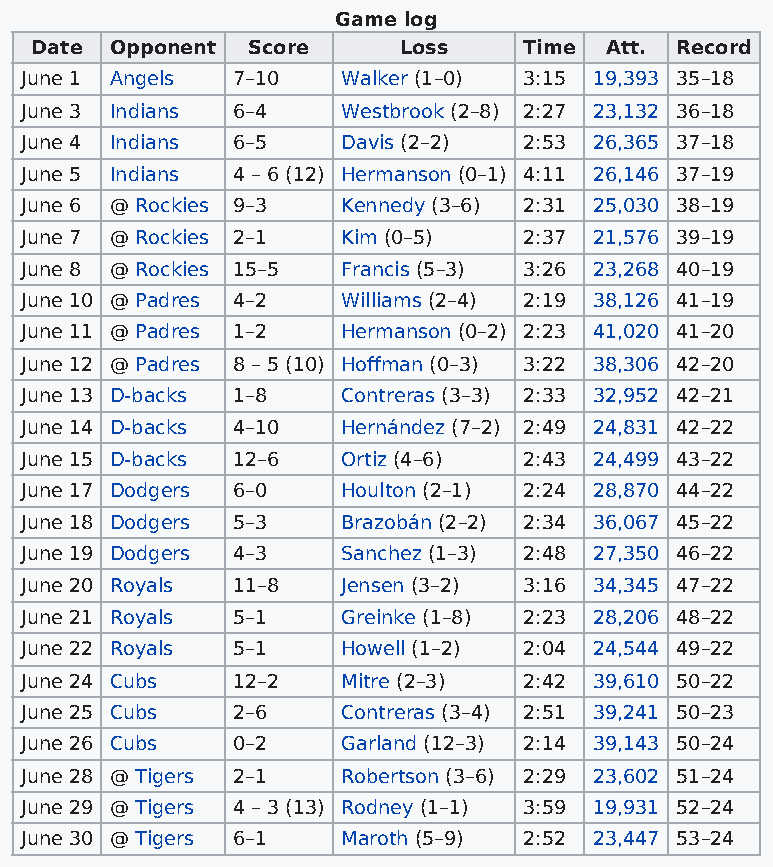
Game log
 Date Opponent Score     Loss     Time Att. Record
 June 1 Angels 7–10    Walker (1–0) 3:15 19,393 35–18
 June 3 Indians 6–4    Westbrook (2–8) 2:27 23,132 36–18
 June 4 Indians 6–5    Davis (2–2) 2:53 26,365 37–18
 June 5 Indians 4 – 6 (12) Hermanson (0–1) 4:11 26,146 37–19
 June 6 @ Rockies 9–3  Kennedy (3–6) 2:31 25,030 38–19
 June 7 @ Rockies 2–1  Kim (0–5)   2:37 21,576 39–19
 June 8 @ Rockies 15–5 Francis (5–3) 3:26 23,268 40–19
 June 10 @ Padres 4–2  Williams (2–4) 2:19 38,126 41–19
 June 11 @ Padres 1–2  Hermanson (0–2) 2:23 41,020 41–20
 June 12 @ Padres 8 – 5 (10) Hoffman (0–3) 3:22 38,306 42–20
 June 13 D-backs 1–8   Contreras (3–3) 2:33 32,952 42–21
 June 14 D-backs 4–10  Hernández (7–2) 2:49 24,831 42–22
 June 15 D-backs 12–6  Ortiz (4–6) 2:43 24,499 43–22
 June 17 Dodgers 6–0   Houlton (2–1) 2:24 28,870 44–22
 June 18 Dodgers 5–3   Brazobán (2–2) 2:34 36,067 45–22
 June 19 Dodgers 4–3   Sanchez (1–3) 2:48 27,350 46–22
 June 20 Royals 11–8   Jensen (3–2) 3:16 34,345 47–22
 June 21 Royals 5–1    Greinke (1–8) 2:23 28,206 48–22
 June 22 Royals 5–1    Howell (1–2) 2:04 24,544 49–22
 June 24 Cubs  12–2    Mitre (2–3) 2:42 39,610 50–22
 June 25 Cubs  2–6     Contreras (3–4) 2:51 39,241 50–23
 June 26 Cubs  0–2     Garland (12–3) 2:14 39,143 50–24
 June 28 @ Tigers 2–1  Robertson (3–6) 2:29 23,602 51–24
 June 29 @ Tigers 4 – 3 (13) Rodney (1–1) 3:59 19,931 52–24
 June 30 @ Tigers 6–1  Maroth (5–9) 2:52 23,447 53–24